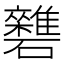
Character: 𥗱